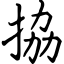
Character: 拹